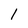
Character: 1